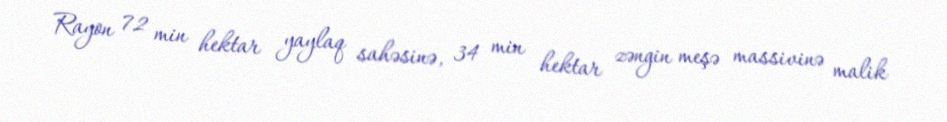
Rayon 72 min hektar yaylaq sahəsinə, 34 min hektar zəngin meşə massivinə malik